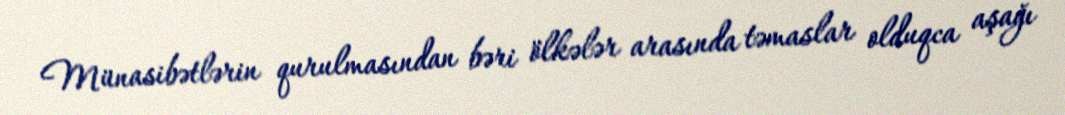
Münasibətlərin qurulmasından bəri ölkələr arasında təmaslar olduqca aşağı